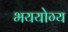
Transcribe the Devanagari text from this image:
भययोग्य